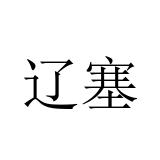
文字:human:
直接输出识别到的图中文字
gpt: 辽塞